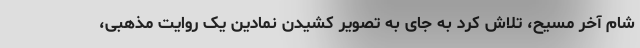
شام آخر مسیح، تلاش کرد به جای به تصویر کشیدن نمادین یک روایت مذهبی،